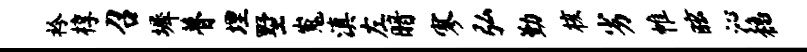
衿椁召墀瞢埋墅嵬滇左暗寥弘勤核劣帷眩沁稳